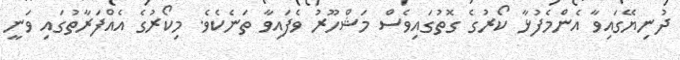
ދުނިޔޭގައިވާ އެންމެފުޅާ ކޯރުގެ ގޮތުގައިވެސް މަޝްހޫރު ވެފައިވާ ތަނެކެވެ. މިކޯރުގެ އެއްފަރާތުގައި ވަނީ